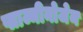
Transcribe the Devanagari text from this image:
प्लाज्मीनोजेन